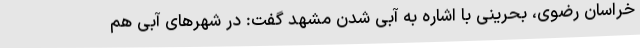
خراسان رضوی، بحرینی با اشاره به آبی شدن مشهد گفت: در شهرهای آبی هم